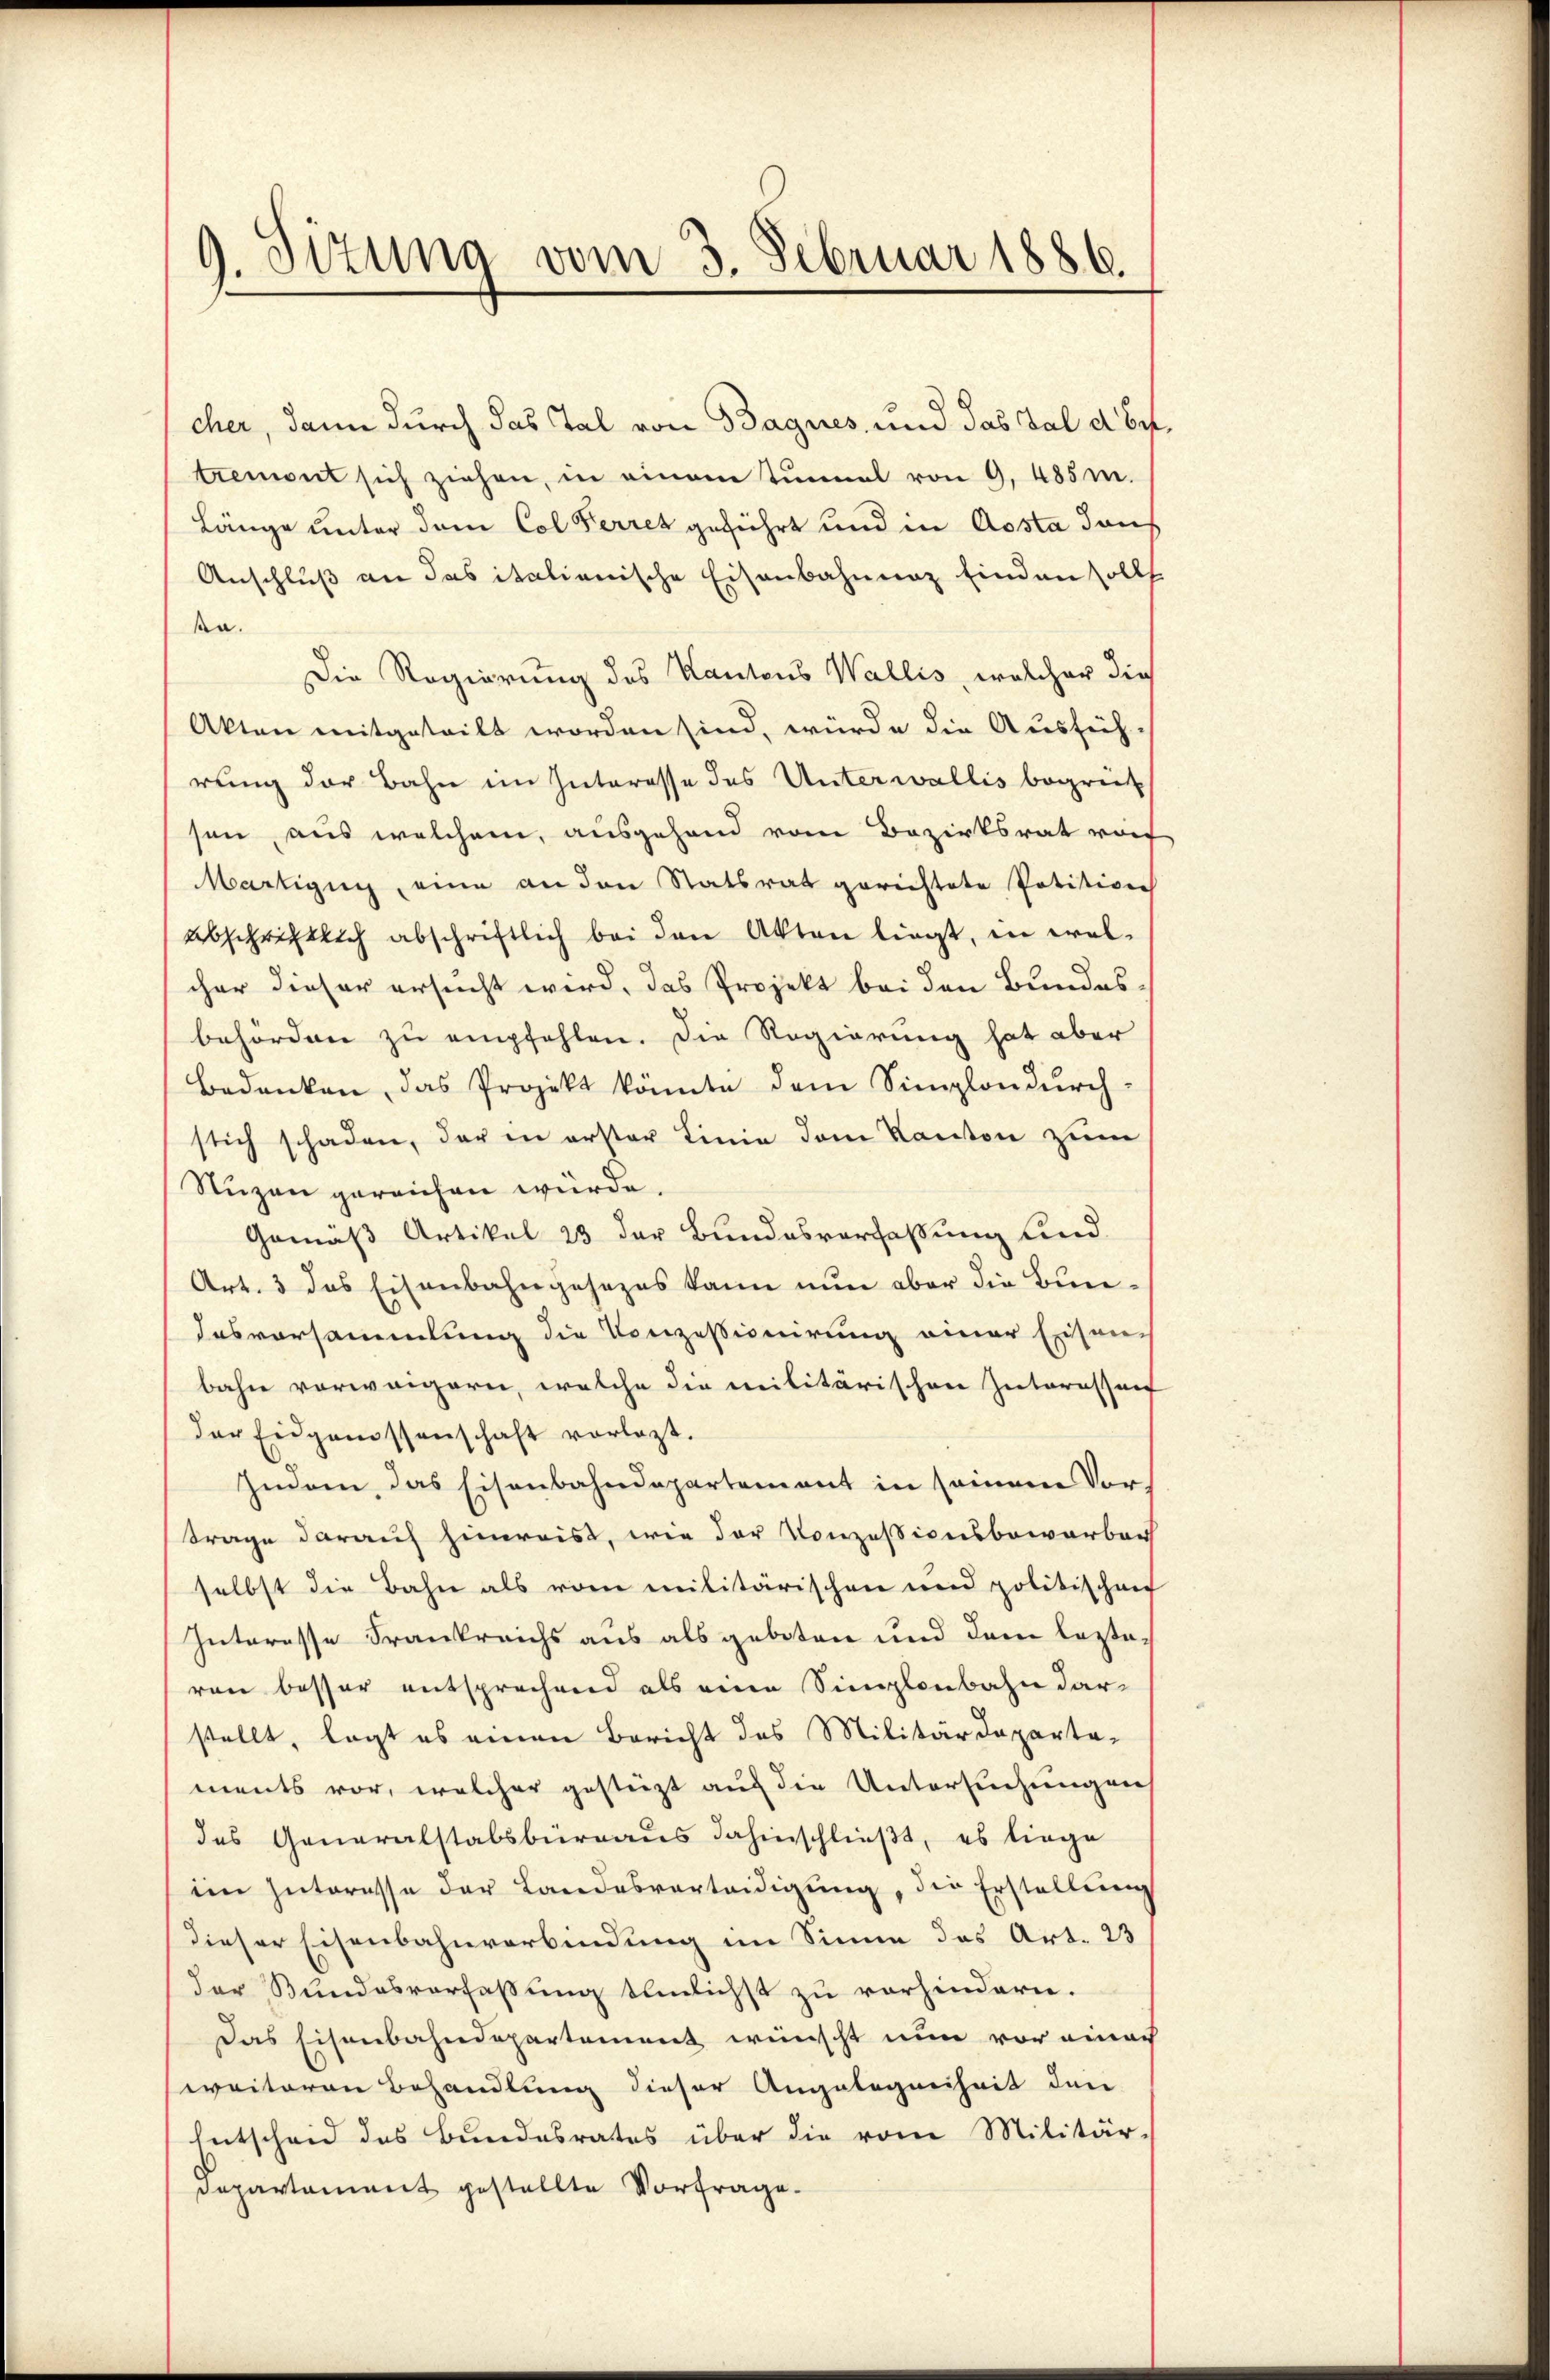
9. Sizung vom 3. Februar 1886.

cher, dann durch das Tal von Bagnes und das Bald betremont sich ziehen, in einem Tunnel von 9, 485 m.
Länge unter dem Col Ferret geführt und in Aosta dan
Anschluß an das italienische Eisenbahnung finden solls
ka.
Die Regierung des Kantons Wallis, welcher die
Akten mitgeteilt worden sind, würde die Ausfüh-
rung der Bahn im Interesse des Unterwallis begrün
sen, aus welchem, ausgehend vom Bezirksrat rof
Martigung, eine an den Statsrat gerichtete Potition
abschriftlich abschriftlich bei den Akten liegt, in wel-
cher dieser ersucht wird, das Projekt bei den Bundes
behörden zu empfehlen. Die Regierung hat aber
Bedenken, das Projekt könnte dem Simplondurch-
stich schaden, der in erster Linie dem Kanton zum
Nuzen gereichen würde.
Gemäß Artikel 23 der Bundesverfaßung und
Art. 3 das Eisenbahngesezes kann nun aber die Bun¬
Iesvorsammlung die Konzessionirung einer Eisen-
bahn vorweigern, welche die militärischen Interessanf
der Eidgenossenschaft vorlegt.
Indem, das Eisenbahndepartement in seinem Vor
Frage darauf hinweist, wie der Konzessionsbewerber
selbst die Bahn als vom militärischen und politischen
Interesse Frankreichs aus als geboten und dem lezteren besser entsprechend als eine Simplonbahn darstellt, legt es einen Bericht des Militärdeparta-
ments vor, welcher gestürzt auf die Untersuchungen
des Generalstabsbureaus dahinschließt, es liege
im Interesse der Landesverteidigung, die Erstellung
dieser Eisenbahnverbindung im Sinne das Art. 23
der Bundesverfassung teilichst zu vorhindern.
Das Eisenbahndepartement wünscht nun vor einer
seraiteren Behandlung dieser Angelegenheit den
Entscheid des Bundesrates über die vom Militär-
Departement gestellte Vorfrage.